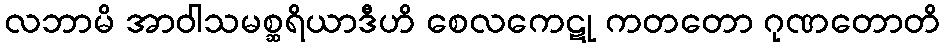
လဘာမိ အာဝါသမစ္ဆရိယာဒီဟိ စေလကေဋု ကတတော ဂုဏတောတိ